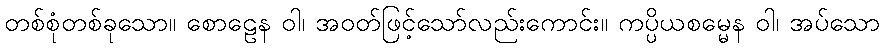
တစ်စုံတစ်ခုသော။ စောဠေန ဝါ၊ အဝတ်ဖြင့်သော်လည်းကောင်း။ ကပ္ပိယစမ္မေန ဝါ၊ အပ်သော